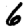
Digit: 6